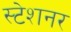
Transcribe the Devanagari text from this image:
स्टेशनर